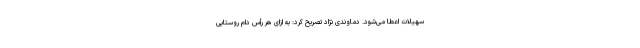
سهیلات اعطا می‌شود. دماوندی نژاد تصریح کرد: به ازای هر رأس دام روستایی